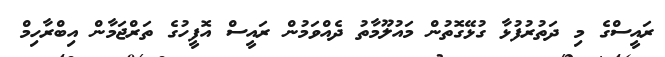
ރައީސްގެ މި ދަތުރުފުޅާ ގުޅޭގޮތުން މައުލޫމާތު ދެއްވަމުން ރައީސް އޮފީހުގެ ތަރްޖަމާން އިބްރާހިމް